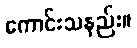
ကောင်းသနည်း။